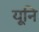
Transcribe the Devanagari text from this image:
यूनि